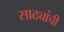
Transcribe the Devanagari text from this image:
साठ्यांची